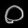
Digit: ၀